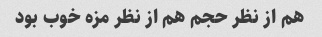
هم از نظر حجم هم از نظر مزه خوب بود